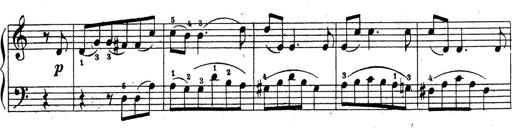
Title: 10 Sonatinas
Composer: Fritz Spindler